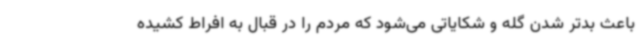
باعث بدتر شدن گله و شکایاتی می‌شود که مردم را در قبال به افراط کشیده